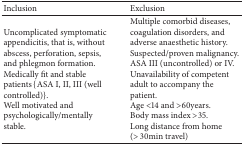
<table><thead><tr><td><b>Inclusion</b></td><td><b>Exclusion </b></td></tr></thead><tbody><tr><td>Uncomplicated symptomatic appendicitis, that is, without abscess, perforation, sepsis, and phlegmon formation.Medically fit and stable patients {ASA I, II, III (well controlled)}.Well motivated and psychologically/mentally stable.</td><td>Multiple comorbid diseases, coagulation disorders, and adverse anaesthetic history.Suspected/proven malignancy.ASA III (uncontrolled) or IV. Unavailability of competent adult to accompany the patient. Age &lt;14 and &gt;60years.Body mass index &gt;35.Long distance from home (&gt; 30min travel)</td></tr></tbody></table>